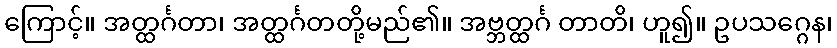
ကြောင့်။ အတ္ထင်္ဂတာ၊ အတ္ထင်္ဂတတို့မည်၏။ အဗ္ဘတ္ထင်္ဂ တာတိ၊ ဟူ၍။ ဥပသဂ္ဂေန၊